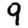
Digit: 9